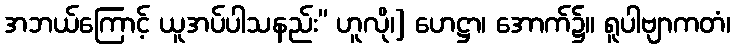
အဘယ်ကြောင့် ယူအပ်ပါသနည်း” ဟူလို၊] ဟေဋ္ဌာ၊ အောက်၌။ ရူပါဗျာကတံ၊